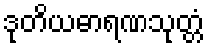
ဒုတိယဓာရဏသုတ္တံ